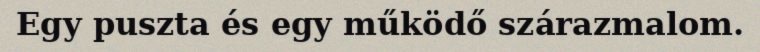
Egy puszta és egy működő szárazmalom.